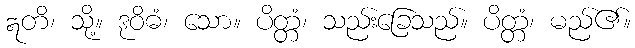
ဣတိ၊ သို့။ ဒုဝိဓံ၊ သော။ ပိတ္တံ၊ သည်းခြေသည်။ ပိတ္တံ၊ မည်၏။